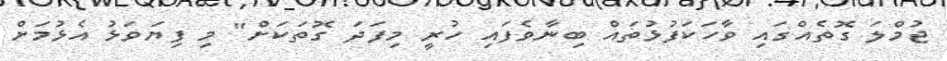
ޖުމްލަ ގޮތެއްގައި ވާހަކަފުޅުތައް ބިނާވެފައި ހުރީ މިފަދަ ގޮތަކަށް" މި ފިޔަވަޅު އެޅުމަށް